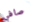
صافي